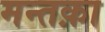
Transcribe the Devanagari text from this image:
मन्तक़ा